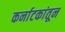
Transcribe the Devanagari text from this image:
कर्नाटकांतून